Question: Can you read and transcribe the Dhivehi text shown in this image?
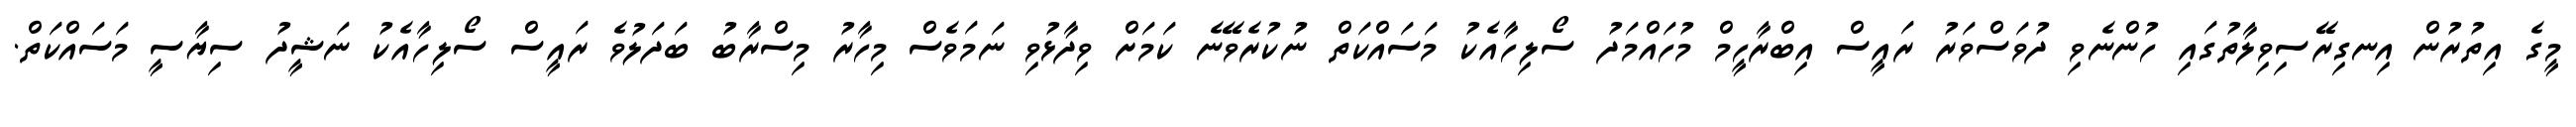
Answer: މީގެ އިތުރުން އިނގިރޭސިވިލާތުގައި ހުންނެވި ދުވަސްވަރު ރައީސް އިބްރާހީމް މުހައްމަދު ސޯލިހާއެކު މަސައްކަތް ނުކުރެވޭނެ ކަމަށް ވިދާޅުވި ނަމަވެސް މިހާރު މިސްރާބު ބަދަލުވެ ރައީސް ސޯލިހާއެކު ނަޝީދު ސިޔާސީ މަސައްކަތް.